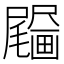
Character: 𤳰